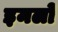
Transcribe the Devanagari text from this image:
इमलों